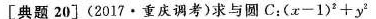
[典题20] （2017·重庆调考）求与圆C:(x-1)^2+y^2